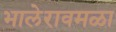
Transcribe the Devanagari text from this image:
भालेरावमळा